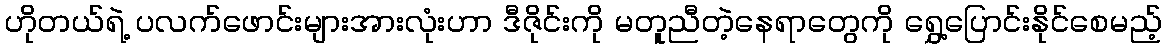
ဟိုတယ်ရဲ့ ပလက်ဖောင်းများအားလုံးဟာ ဒီဇိုင်းကို မတူညီတဲ့နေရာတွေကို ရွှေ့ပြောင်းနိုင်စေမည့်